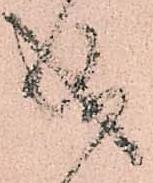
成